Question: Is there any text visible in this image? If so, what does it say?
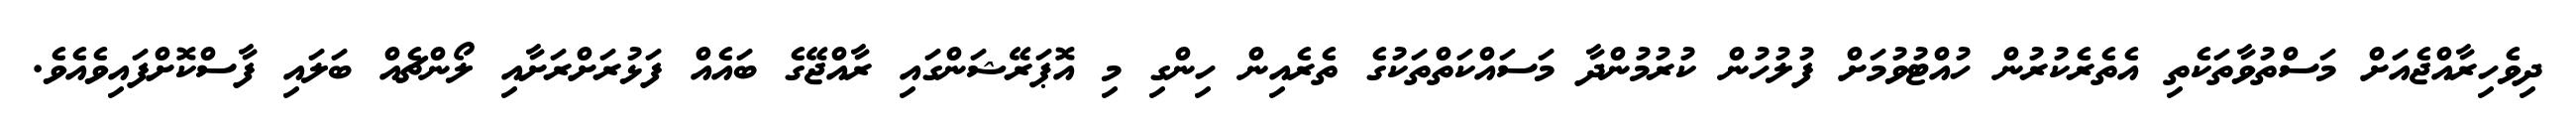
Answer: ދިވެހިރާއްޖެއަށް މަސްތުވާތަކެތި އެތެރެކުރުން ހުއްޓުވުމަށް ފުލުހުން ކުރުމުންދާ މަސައްކަތްތަކުގެ ތެރެއިން ހިންގި މި އޮޕަރޭޝަންގައި ރާއްޖޭގެ ބައެއް ފަޅުރަށްރަށާއި ލޯންޗެއް ބަލައި ފާސްކޮށްފައިވެއެވެ.